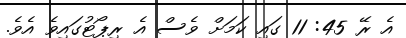
އެ ރޭ 45: 11 ގައި ކަމަށް ވެސް އެ ރިޕޯޓުގައިވެ އެވެ.